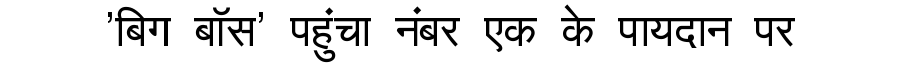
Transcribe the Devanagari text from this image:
'बिग बॉस' पहुंचा नंबर एक के पायदान पर